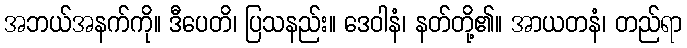
အဘယ်အနက်ကို။ ဒီပေတိ၊ ပြသနည်း။ ဒေဝါနံ၊ နတ်တို့၏။ အာယတနံ၊ တည်ရာ